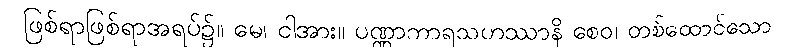
ဖြစ်ရာဖြစ်ရာအရပ်၌။ မေ၊ ငါအား။ ပဏ္ဏာကာရသဟဿာနိ စေဝ၊ တစ်ထောင်သော